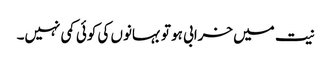
نیت میں خرابی ہو تو بہانوں کی کوئی کمی نہیں۔